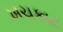
ખચકાટ